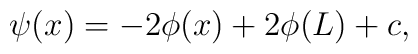
\psi (x)=-2\phi (x)+2\phi (L) +c,